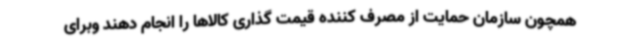
همچون سازمان حمایت از مصرف کننده قیمت گذاری کالاها را انجام دهند وبرای